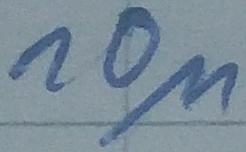
Text: 10µ